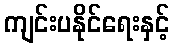
ကျင်းပနိုင်ရေးနှင့်